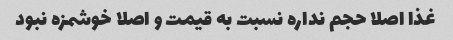
غذا اصلا حجم نداره نسبت به قیمت و اصلا خوشمزه نبود